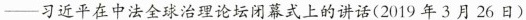
-习近平在中法全球治理论坛闭幕式上的讲话(2019年3月26日)